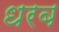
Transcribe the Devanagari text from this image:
धरब